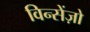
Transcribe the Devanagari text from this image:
विन्सेंज़ो